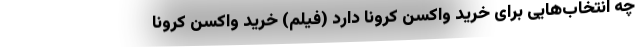
چه انتخاب‌هایی برای خرید واکسن کرونا دارد (فیلم) خرید واکسن کرونا